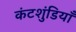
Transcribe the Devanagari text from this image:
कंटशुंडियाँ